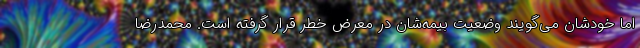
اما خودشان می‌گویند وضعیت بیمه‌شان در معرض خطر قرار گرفته است. محمدرضا